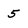
Character: 5